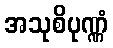
အသုစိပုဏ္ဏံ